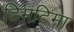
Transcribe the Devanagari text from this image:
टिमटिमा